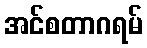
အင်စတာဂရမ်